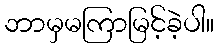
ဘာမှမကြာမြင့်ခဲ့ပါ။